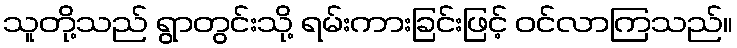
သူတို့သည် ရွာတွင်းသို့ ရမ်းကားခြင်းဖြင့် ဝင်လာကြသည်။